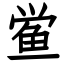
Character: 鲎